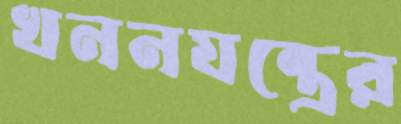
খননযন্ত্রের